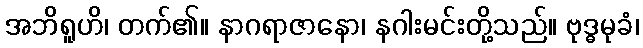
အဘိရူဟိ၊ တက်၏။ နာဂရာဇာနော၊ နဂါးမင်းတို့သည်။ ဗုဒ္ဓမုခံ၊